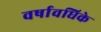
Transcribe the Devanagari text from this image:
वर्षावधिके